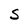
Character: S